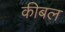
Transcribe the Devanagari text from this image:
कीबल